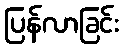
ပြန်လာခြင်း